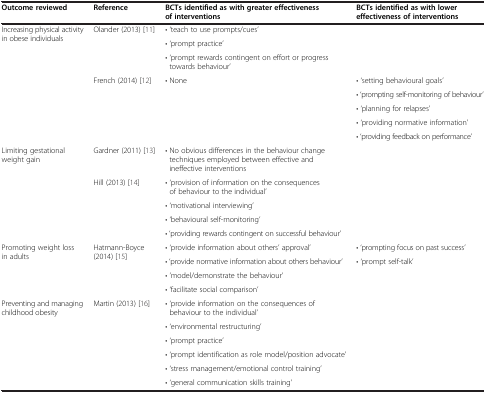
<table><thead><tr><td><b>Outcome reviewed</b></td><td><b>Reference</b></td><td><b>BCTs identified as with greater effectiveness of interventions</b></td><td><b>BCTs identified as with lower effectiveness of interventions</b></td></tr></thead><tbody><tr><td rowspan="3">Increasing physical activity in obese individuals</td><td rowspan="3">Olander (2013) [11]</td><td>• ‘teach to use prompts/cues’</td><td rowspan="3"></td></tr><tr><td>• ‘prompt practice’</td></tr><tr><td>• ‘prompt rewards contingent on effort or progress towards behaviour’</td></tr><tr><td rowspan="5"></td><td rowspan="5">French (2014) [12]</td><td rowspan="5">• None</td><td>• ‘setting behavioural goals’</td></tr><tr><td>• ‘prompting self-monitoring of behaviour’</td></tr><tr><td>• ‘planning for relapses’</td></tr><tr><td>• ‘providing normative information’</td></tr><tr><td>• ‘providing feedback on performance’</td></tr><tr><td rowspan="5">Limiting gestational weight gain</td><td>Gardner (2011) [13]</td><td>• No obvious differences in the behaviour change techniques employed between effective and ineffective interventions</td><td></td></tr><tr><td rowspan="4">Hill (2013) [14]</td><td>• ‘provision of information on the consequences of behaviour to the individual’</td><td rowspan="4"></td></tr><tr><td>• ‘motivational interviewing’</td></tr><tr><td>• ‘behavioural self-monitoring’</td></tr><tr><td>• ‘providing rewards contingent on successful behaviour’</td></tr><tr><td rowspan="4">Promoting weight loss in adults</td><td rowspan="4">Hatmann-Boyce (2014) [15]</td><td>• ‘provide information about others’ approval’</td><td>• ‘prompting focus on past success’</td></tr><tr><td>• ‘provide normative information about others behaviour’</td><td rowspan="3">• ‘prompt self-talk’</td></tr><tr><td>• ’model/demonstrate the behaviour’</td></tr><tr><td>• ‘facilitate social comparison’</td></tr><tr><td rowspan="6">Preventing and managing childhood obesity</td><td rowspan="6">Martin (2013) [16]</td><td>• ‘provide information on the consequences of behaviour to the individual’</td><td rowspan="6"></td></tr><tr><td>• ‘environmental restructuring’</td></tr><tr><td>• ‘prompt practice’</td></tr><tr><td>• ‘prompt identification as role model/position advocate’</td></tr><tr><td>• ‘stress management/emotional control training’</td></tr><tr><td>• ‘general communication skills training’</td></tr></tbody></table>